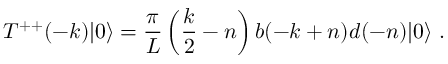
T ^ { + + } ( - k ) | 0 \rangle = { \frac { \pi } { L } } \left( { \frac { k } { 2 } } - n \right) b ( - k + n ) d ( - n ) | 0 \rangle \ .